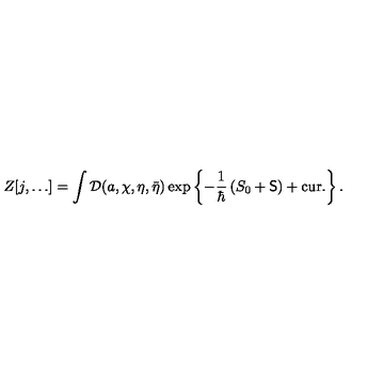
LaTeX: Z [ j , \ldots ] = \int { \cal D } ( a , \chi , \eta , \bar { \eta } ) \exp \left\{ - \frac { 1 } { \hbar } \left( S _ { 0 } + { \sf S } \right) + \mathrm { c u r . } \right\} .